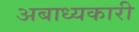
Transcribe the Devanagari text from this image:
अबाध्यकारी